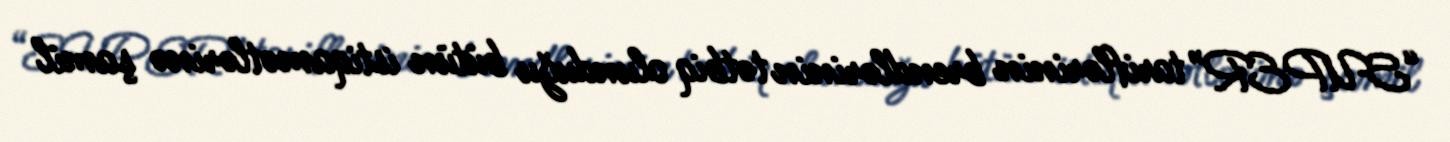
“SUPER” tariflərinin brendlərinin tətbiq olunduğu bütün istiqamətlərinə şamil